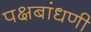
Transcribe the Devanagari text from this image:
पक्षबांधणी